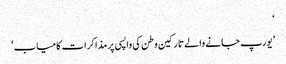
‘
’یورپ جانے والے تارکین وطن کی واپسی پر مذاکرات کامیاب‘